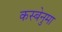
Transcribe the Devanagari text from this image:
कस्बेनुमा